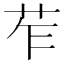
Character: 苲